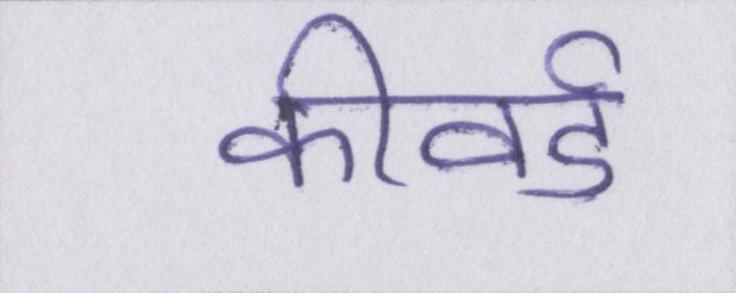
कीवर्ड